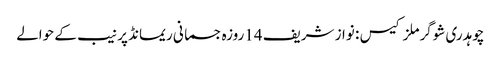
چوہدری شوگرملز کیس : نواز شریف 14روزہ جسمانی ریمانڈ پر نیب کے حوالے